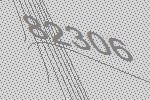
82306